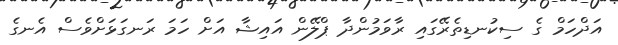
އަދްހަމް ގެ ސިކުނޑިތެރޭގައި ރާާވަމުންދާ ޕްލޭން އައިޝާ އަށް ހަމަ ރަނގަޅަށްވެސް އެނގެ